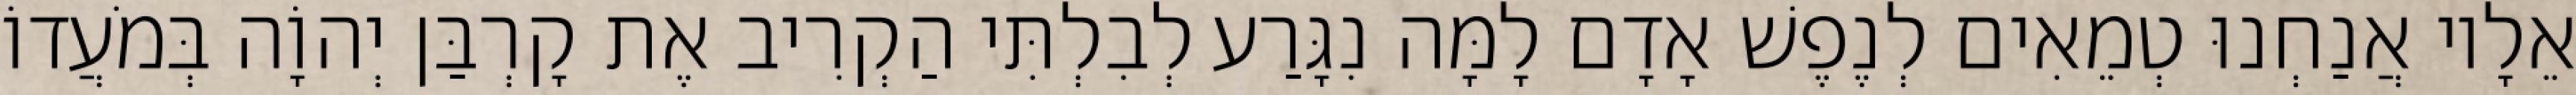
אֵלָיו אֲנַחְנוּ טְמֵאִים לְנֶפֶשׁ אָדָם לָמָּה נִגָּרַע לְבִלְתִּי הַקְרִיב אֶת קָרְבַּן יְהוָֹה בְּמֹעֲדוֹ